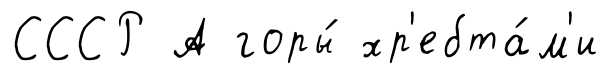
СССР А горы́ хр'ебта́м'и